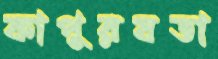
কাপুরষতা